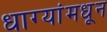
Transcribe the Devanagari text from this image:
धाग्यांमधून